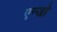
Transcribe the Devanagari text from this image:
एन्जो